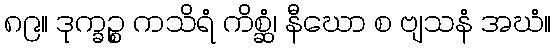
၈၉။ ဒုက္ခဉ္စ ကသိရံ ကိစ္ဆံ၊ နီဃော စ ဗျသနံ အဃံ။